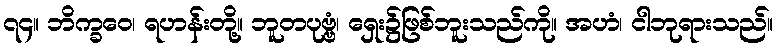
၇၄။ ဘိက္ခဝေ၊ ရဟန်းတို့။ ဘူတပုဗ္ဗံ၊ ရှေး၌ဖြစ်ဘူးသည်ကို။ အဟံ၊ ငါဘုရားသည်။